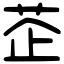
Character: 𦮳